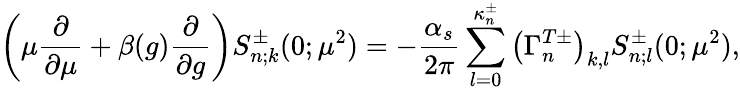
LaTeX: \left(\mu\frac{\partial}{\partial\mu}+\beta(g)\frac{\partial}{\partial g}\right)S_{n;k}^{\pm}(0;\mu^{2})=-\frac{\alpha_{s}}{2\pi}\sum_{l=0}^{\kappa_{n}^{\pm}}\left(\Gamma_{n}^{T\pm}\right)_{k,l}S_{n;l}^{\pm}(0;\mu^{2}),